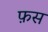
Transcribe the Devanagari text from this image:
फ़स